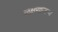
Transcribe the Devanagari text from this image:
लक्षणाजन्य